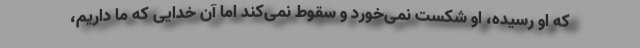
که او رسیده، او شکست نمی‌خورد و سقوط نمی‌کند اما آن خدایی که ما داریم،